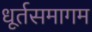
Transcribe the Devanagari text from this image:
धूर्तसमागम